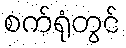
စက်ရုံတွင်